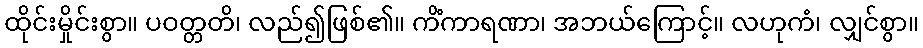
ထိုင်းမှိုင်းစွာ။ ပဝတ္တတိ၊ လည်၍ဖြစ်၏။ ကိံကာရဏာ၊ အဘယ်ကြောင့်။ လဟုကံ၊ လျှင်စွာ။